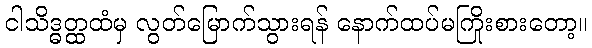
ငါသိဒ္ဓတ္ထထံမှ လွတ်မြောက်သွားရန် နောက်ထပ်မကြိုးစားတော့။